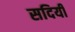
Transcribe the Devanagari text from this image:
सदियीं